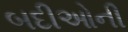
બદીઓની